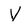
Character: V